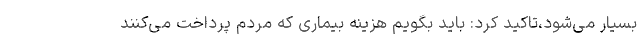
بسیار می‌شود،تاکید کرد: باید بگویم هزینه بیماری که مردم پرداخت می‌کنند